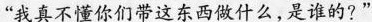
“我真不懂你们带这东西做什么，是谁的?”